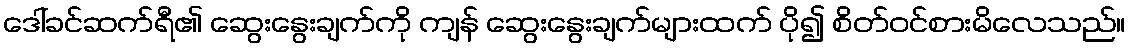
ဒေါ်ခင်ဆက်ရီ၏ ဆွေးနွေးချက်ကို ကျန် ဆွေးနွေးချက်များထက် ပို၍ စိတ်ဝင်စားမိလေသည်။